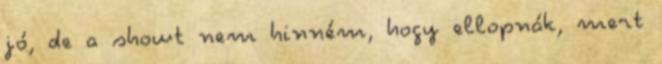
jó, de a showt nem hinném, hogy ellopnák, mert